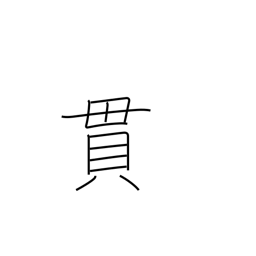
Meaning: brace